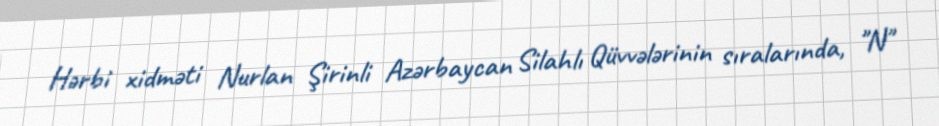
Hərbi xidməti Nurlan Şirinli Azərbaycan Silahlı Qüvvələrinin sıralarında, "N"